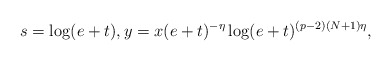
\begin{align*}s=\log(e+t), y=x(e+t)^{-\eta}\log(e+t)^{(p-2)(N+1)\eta},\end{align*}